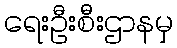
ရေးဦးစီးဌာနမှ